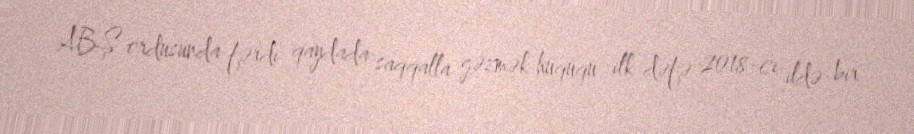
ABŞ ordusunda fərdi qaydada saqqalla gəzmək hüququ ilk dəfə 2018-ci ildə bir